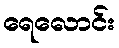
ရေလောင်း